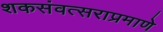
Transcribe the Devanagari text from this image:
शकसंवत्सराप्रमाणे